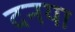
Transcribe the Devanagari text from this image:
दनया